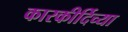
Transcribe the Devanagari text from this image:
कारकीर्दिच्या